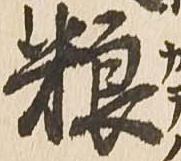
粮